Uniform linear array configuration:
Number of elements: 48
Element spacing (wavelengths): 0.5
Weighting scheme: hann
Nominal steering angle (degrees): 60
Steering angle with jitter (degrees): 59.572
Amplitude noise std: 0.05
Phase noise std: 0.05

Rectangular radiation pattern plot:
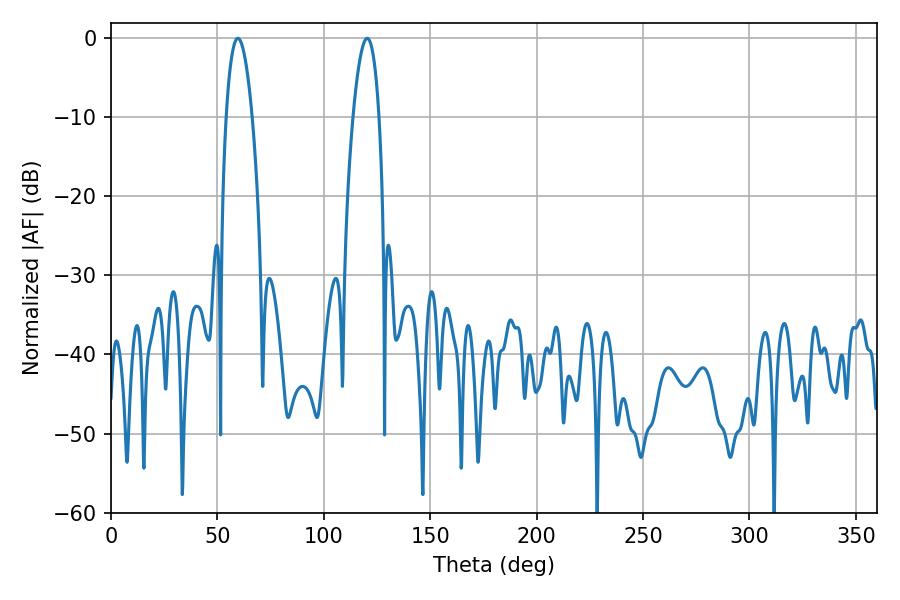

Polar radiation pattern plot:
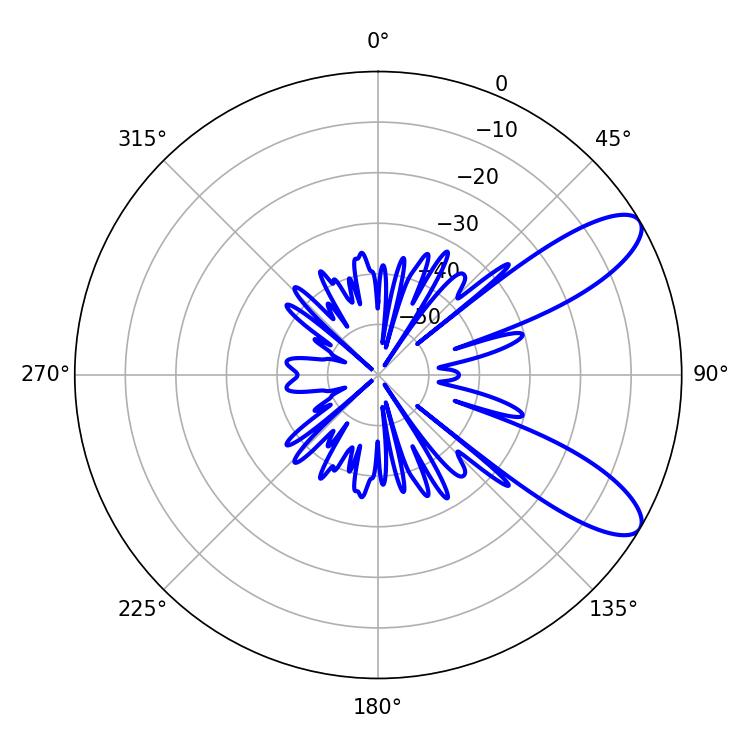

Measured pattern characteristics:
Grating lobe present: FALSE
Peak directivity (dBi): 9.596
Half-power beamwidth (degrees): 6.84
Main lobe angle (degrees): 59.58